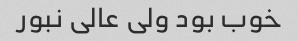
خوب بود ولی عالی نبور